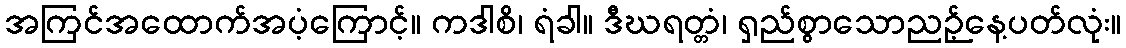
အကြင်အထောက်အပံ့ကြောင့်။ ကဒါစိ၊ ရံခါ။ ဒီဃရတ္တံ၊ ရှည်စွာသောညဉ့်နေ့ပတ်လုံး။